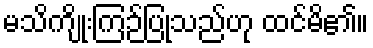
မသိကျိုးကြဉ်ပြုသည်ဟု ထင်မိ၏။